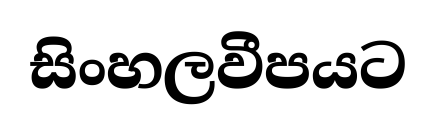
සිංහලවීපයට